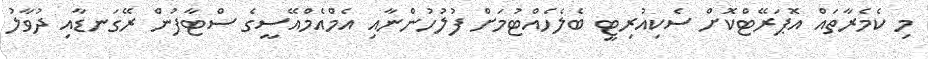
މި ކެމެރާތައް އޮޕަރޭޓްކޮށް ސެކިއުރިޓީ ބެލެހެއްޓުމަށް ފުލުހުންނާއި އެމްއެމްއޭސީގެ ސްޓާފުން ރޭގަނޑާއި ދުވާލު